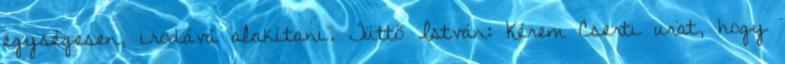
egységesen, irodává alakítani. Tüttő István: Kérem Cserti urat, hogy